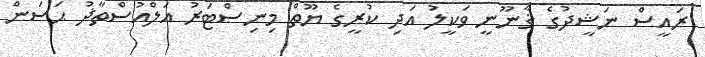
ރައީސް ނަޝީދުގެ ޤާނޫނީ ވަކީލު އަދި ކުރީގެ ޔޫތް މިނިސްޓަރު އަލްއުސްތާޛު ޙަސަން